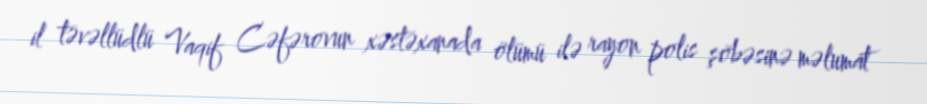
il təvəllüdlü Vaqif Cəfərovun xəstəxanada ölümü ilə rayon polis şöbəsinə məlumat